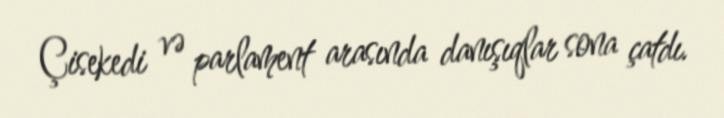
Çisekedi və parlament arasında danışıqlar sona çatdı.